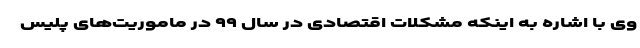
وی با اشاره به اینکه مشکلات اقتصادی در سال ۹۹ در ماموریت‌های پلیس